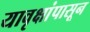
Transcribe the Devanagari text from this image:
यावृक्षांपासून